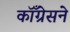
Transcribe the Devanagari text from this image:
कॉँग्रेसने